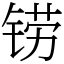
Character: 铹